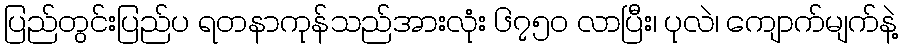
ပြည်တွင်းပြည်ပ ရတနာကုန်သည်အားလုံး ၆၇၅ဝ လာပြီး၊ ပုလဲ၊ ကျောက်မျက်နဲ့